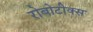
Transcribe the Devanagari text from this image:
रोबोटीक्स